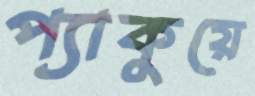
প্যাকুয়ে